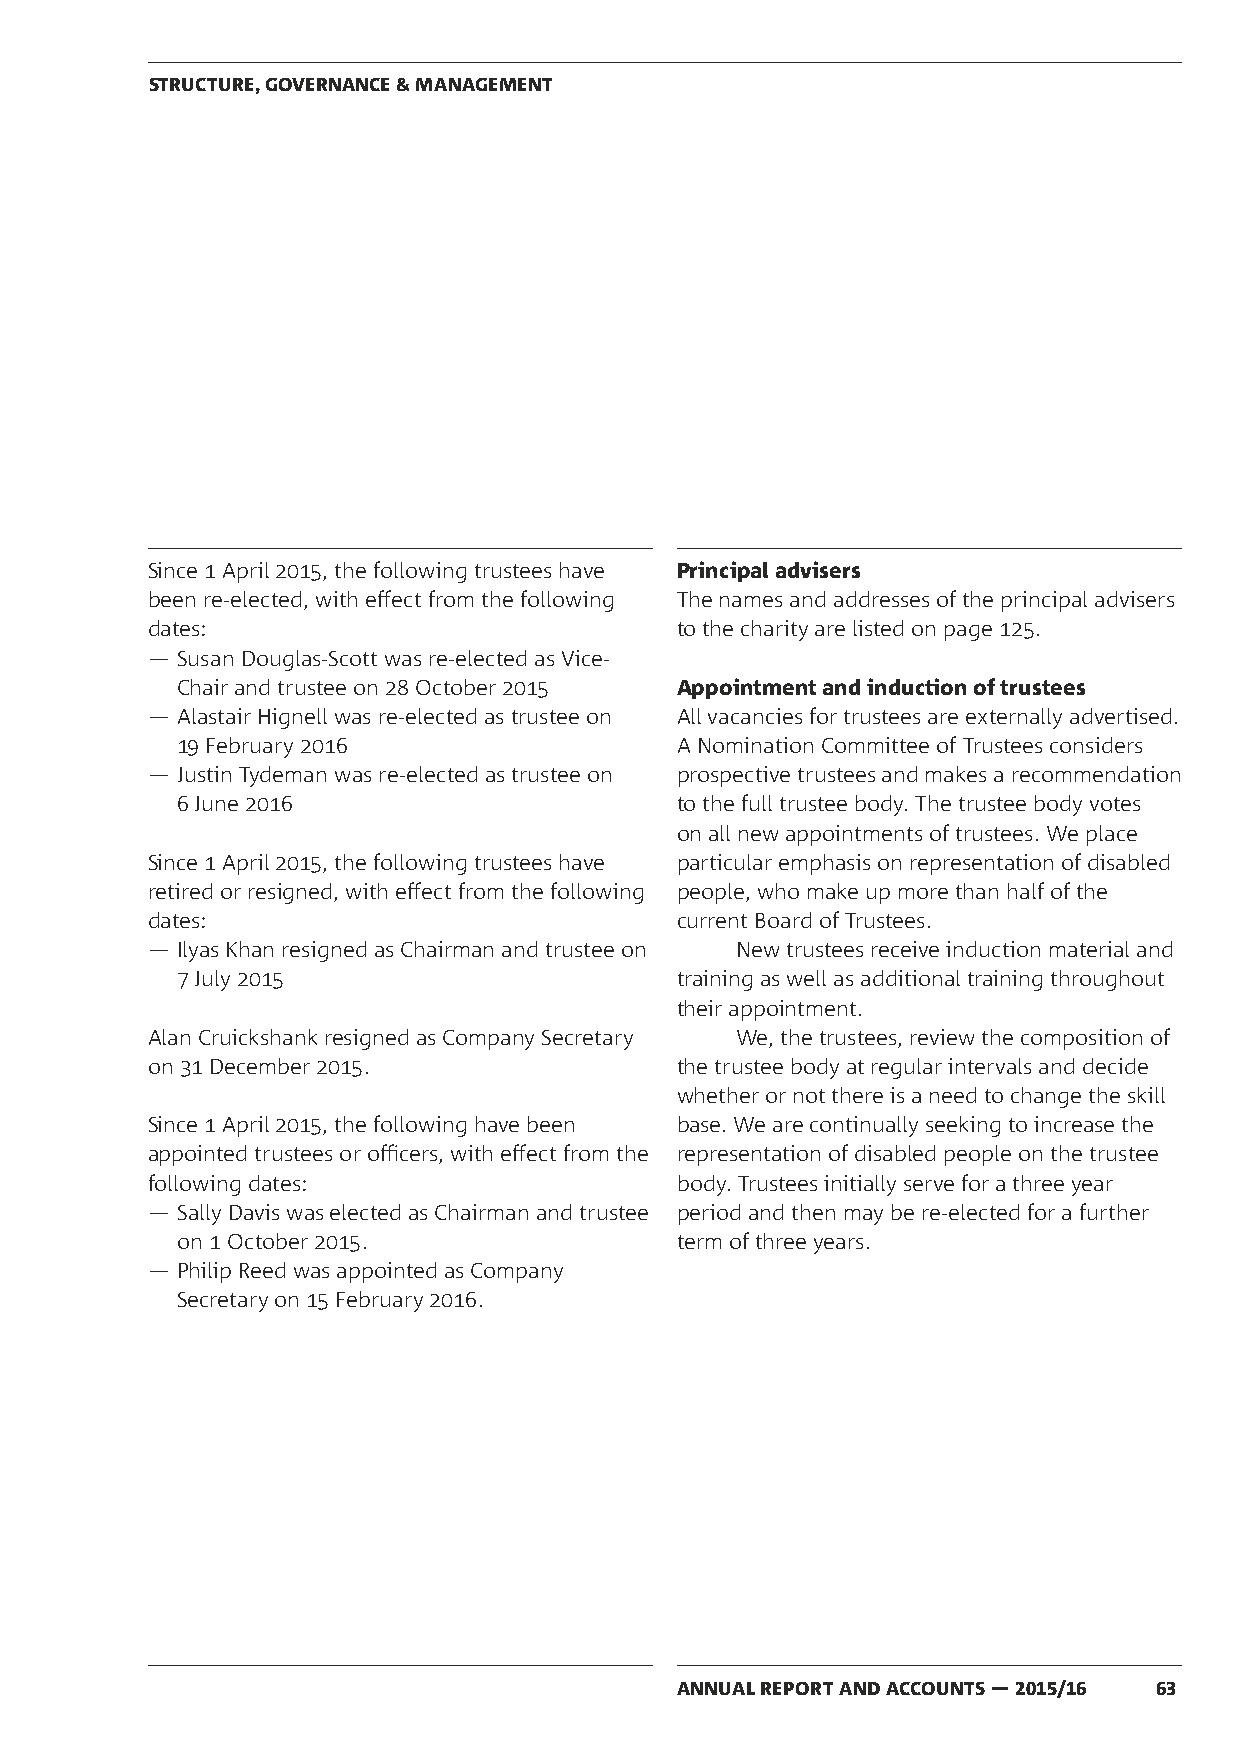
STRUCTURE, GOVERNANCE & MANAGEMENT
 Since 1 April 2015, the following trustees have Principal advisers
 been re-elected, with effect from the following The names and addresses of the principal advisers
 dates:                             to the charity are listed on page 125.
 — Susan Douglas-Scott was re-elected as Vice-
 Chair and trustee on 28 October 2015 Appointment and induction of trustees
 — Alastair Hignell was re-elected as trustee on All vacancies for trustees are externally advertised.
 19 February 2016                 A Nomination Committee of Trustees considers
 — Justin Tydeman was re-elected as trustee on prospective trustees and makes a recommendation
 6 June 2016                      to the full trustee body. The trustee body votes
 on all new appointments of trustees. We place
 Since 1 April 2015, the following trustees have particular emphasis on representation of disabled
 retired or resigned, with effect from the following people, who make up more than half of the
 dates:                             current Board of Trustees.
 — Ilyas Khan resigned as Chairman and trustee on New trustees receive induction material and
 7 July 2015                      training as well as additional training throughout
 their appointment.
 Alan Cruickshank resigned as Company Secretary We, the trustees, review the composition of
 on 31 December 2015.               the trustee body at regular intervals and decide
 whether or not there is a need to change the skill
 Since 1 April 2015, the following have been base. We are continually seeking to increase the
 appointed trustees or officers, with effect from the representation of disabled people on the trustee
 following dates:                   body. Trustees initially serve for a three year
 — Sally Davis was elected as Chairman and trustee period and then may be re-elected for a further
 on 1 October 2015.               term of three years.
 — Philip Reed was appointed as Company
 Secretary on 15 February 2016.
 ANNUAL REPORT AND ACCOUNTS — 2015/16 63